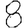
Digit: 8